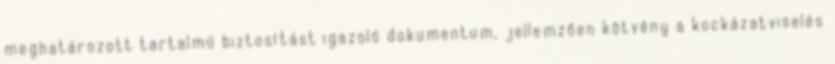
meghatározott tartalmú biztosítást igazoló dokumentum, jellemzően kötvény a kockázatviselés